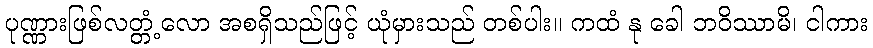
ပုဏ္ဏားဖြစ်လတ္တံ့လော အစရှိသည်ဖြင့် ယုံမှားသည် တစ်ပါး။ ကထံ နု ခေါ ဘဝိဿာမိ၊ ငါကား